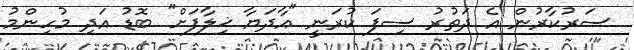
ސަރުކާރުން އެ ދަތުރު ސިފަ ކުރަނީ "އާދަޔާ ޚިލާފަށް" ބޮޑު އަދި މުހިންމު